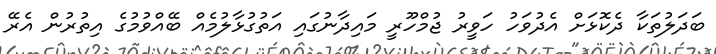
ބަދަލުތަކާ ދެކޮޅަށް އެދުވަހު ހަވީރު ޖުމްހޫރީ މައިދާނުގައި އަތުގުޅާލުމެއް ބޭއްވުމުގެ އިތުރުން އެރޭ